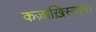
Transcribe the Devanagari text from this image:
कज़ाख़िस्तान।